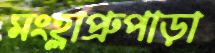
মংহ্লাপ্রুপাড়া